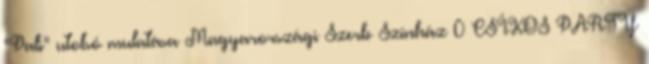
“Pali” utolsó mulatása Magyarországi Szerb Színház 0 CSÍKOS PARTY